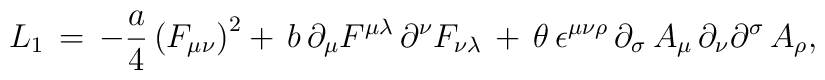
L_{1}\,=\,-\frac{a}{4}\left( F_{\mu \nu }\right) ^{2}+\,b\,\partial _{\mu}F^{\mu \lambda }\,\partial ^{\nu }F_{\nu \lambda }\,+\,\theta \,\epsilon^{\mu \nu \rho }\,\partial _{\sigma }\,A_{\mu }\,\partial _{\nu }\partial^{\sigma }\,A_{\rho },